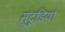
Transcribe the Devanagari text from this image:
स्टु्डियो